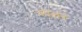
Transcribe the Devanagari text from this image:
चंदलर